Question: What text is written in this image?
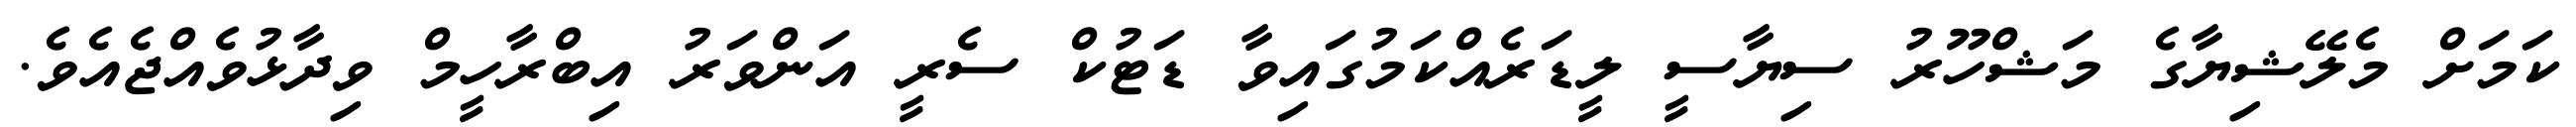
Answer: ކަމަށް މެލޭޝިޔާގެ މަޝްހޫރު ސިޔާސީ ލީޑަރެއްކަމުގައިވާ ޑަޓުކް ސެރީ އަންވަރު އިބްރާހީމް ވިދާޅުވެއްޖެއެވެ.